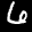
Label: 6